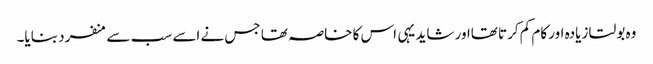
وہ بولتا زیادہ اور کام کم کرتا تھااور شاید یہی اس کا خاصہ تھا جس نے اسے سب سے منفرد بنایا۔